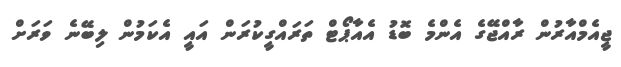
ޖީއެމްއާރުން ރާއްޖޭގެ އެންމެ ބޮޑު އެއާޕޯޓް ތަރައްގީކުރަން އައީ އެކަމުން ލިބޭނެ ވަރަށް